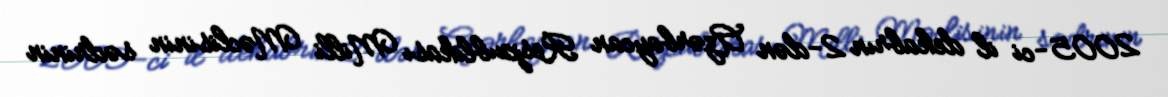
2005-ci il dekabrın 2-dən Azərbaycan Respublikası Milli Məclisinin sədrinin